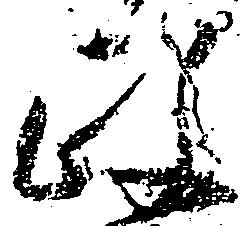
政